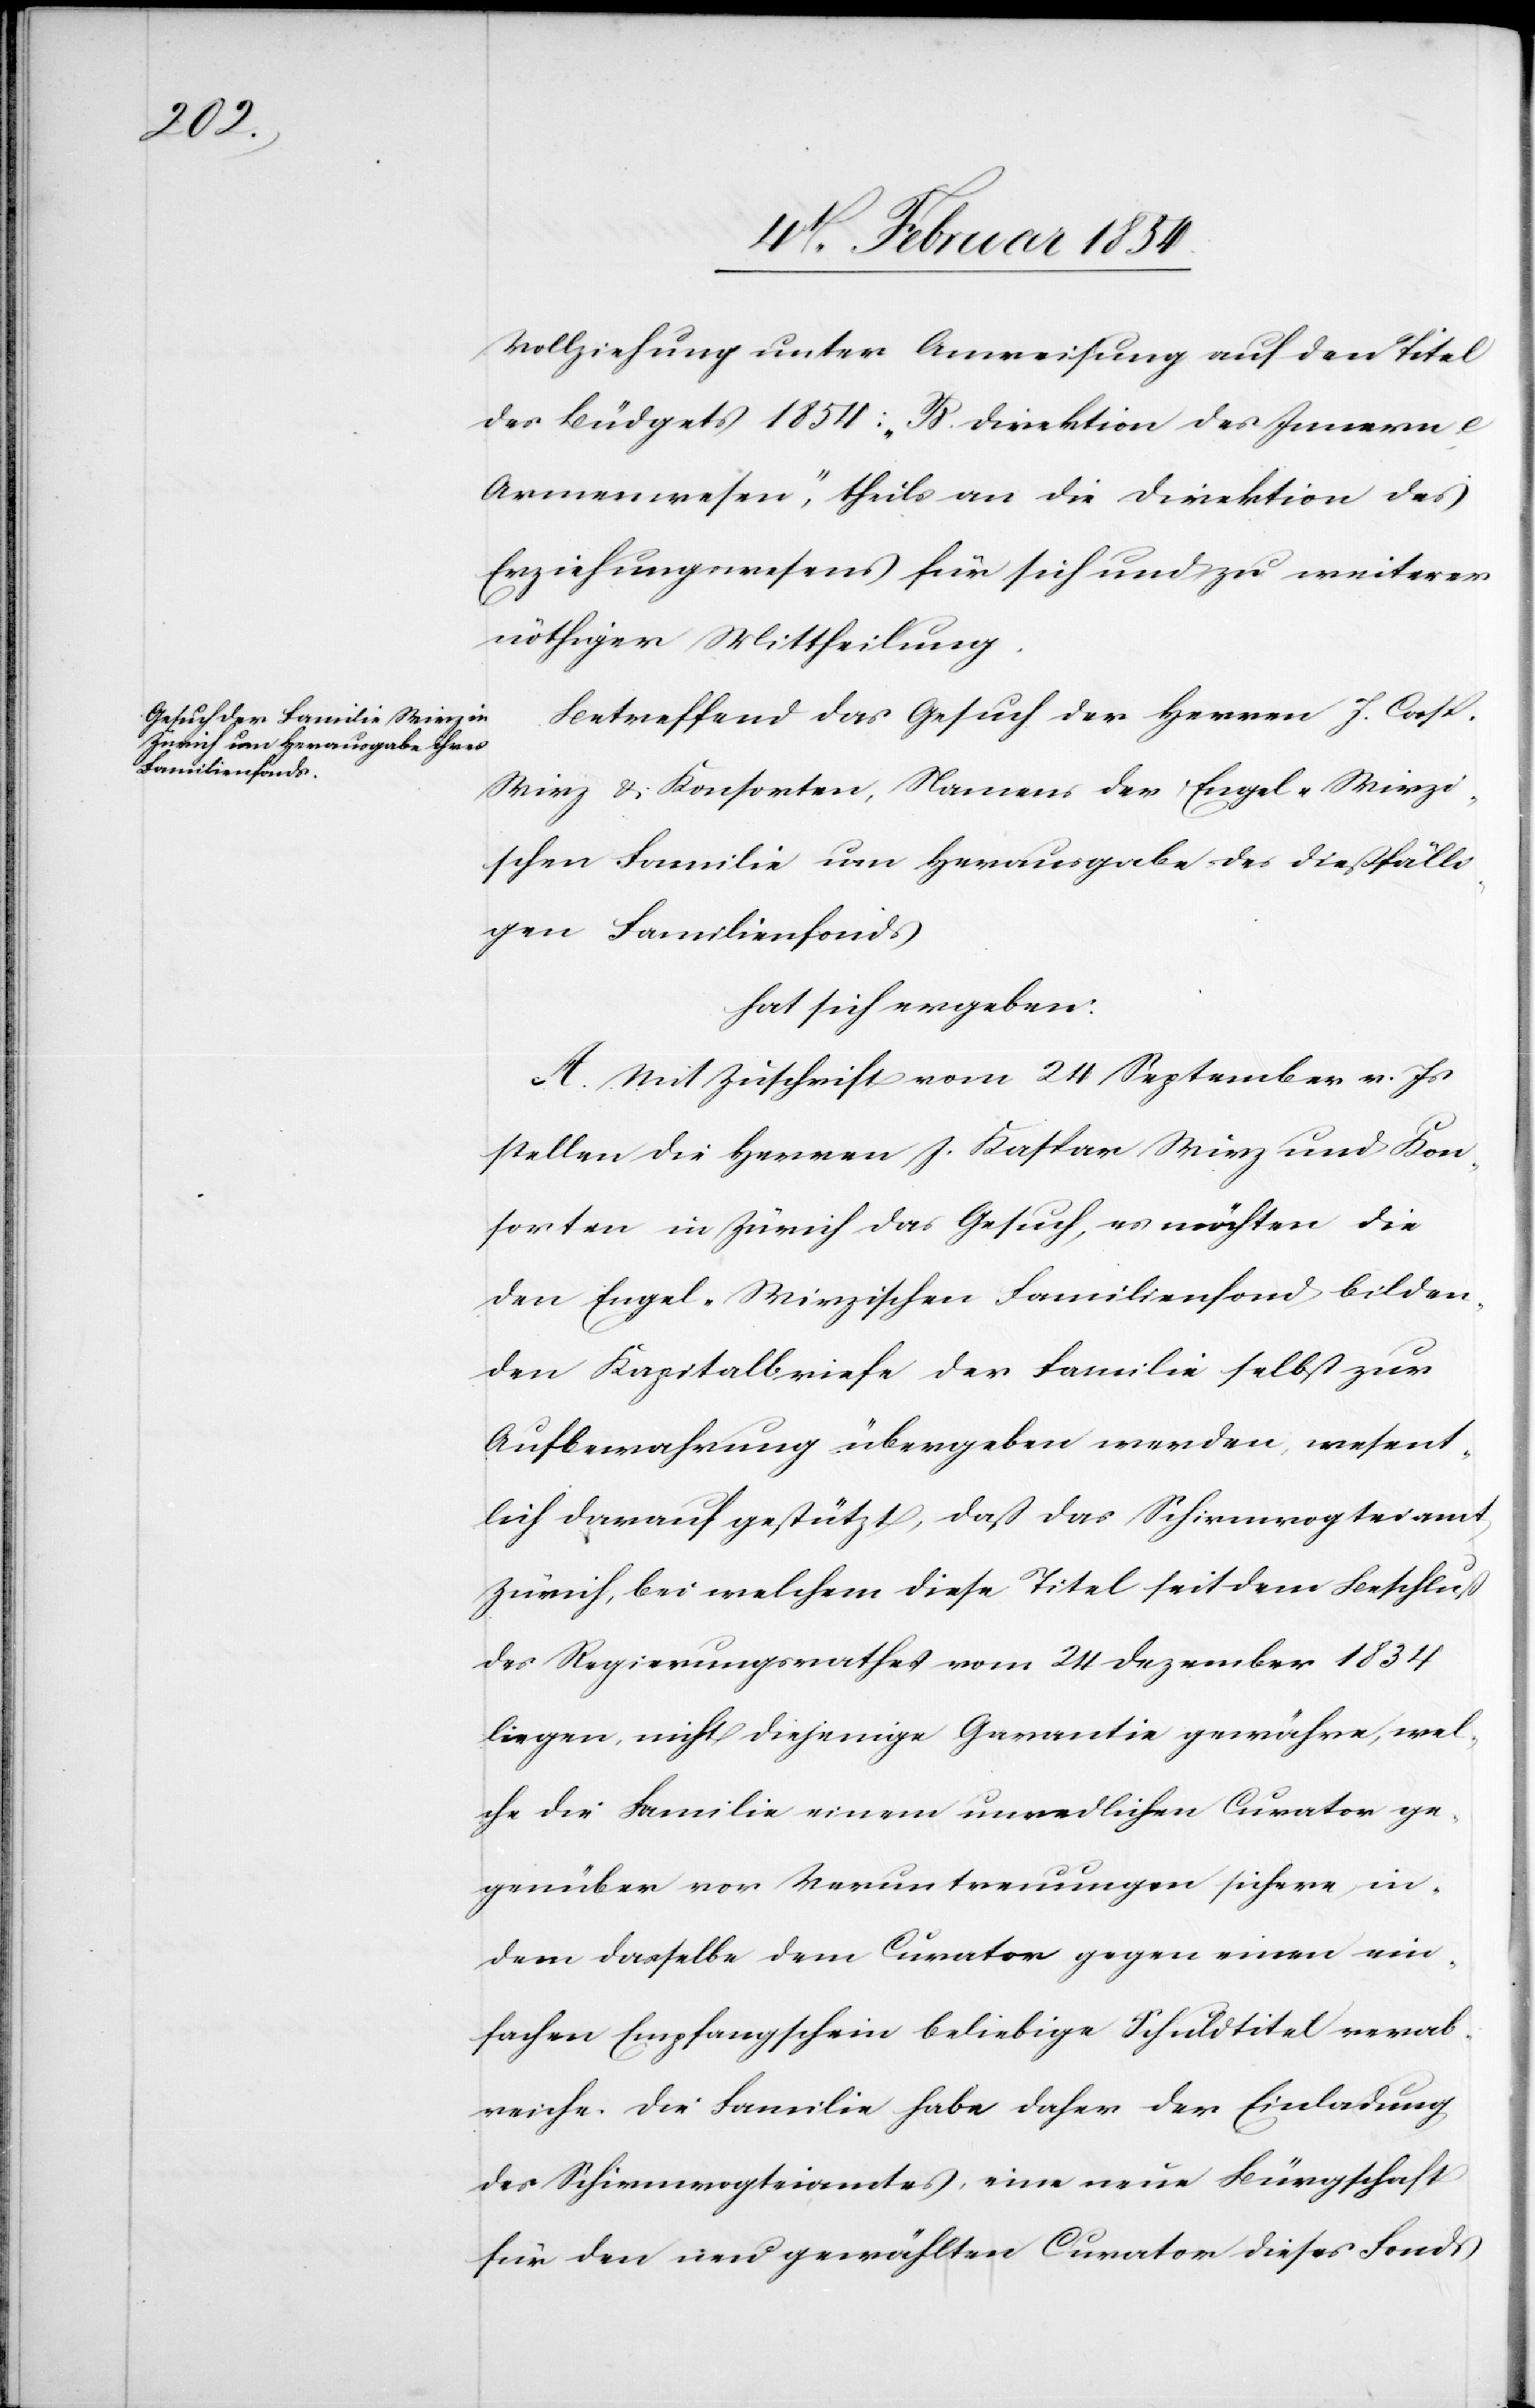
Vollziehung unter Anweisung auf den Titel
des Büdget 1854: „B. Direktion des Innern c
Armenwesen“, theils an die Direktion des
Erziehungswesens für sich und zu weiterer
nöthiger Mittheilung.
Betreffend das Gesuch der Herren J. Casp.
Wirz & Konsorten, Namens der Engel-Wirzi¬
schen Familie um Herausgabe des dießfälli¬
gen Familienfonds
hat sich ergeben:
A. Mit Zuschrift vom 24 September v. Js
stellen die Herren J. Kaspar [sic!] Wirz und Kon¬
sorten in Zürich das Gesuch, es möchten die
den Engel-Wirzischen Familienfond bilden¬
den Kapitalbriefe der Familie selbst zur
Aufbewahrung übergeben werden, wesent¬
lich darauf gestützt, daß das Schirmvogteiamt
Zürich, bei welchem diese Titel seit dem Beschluß
des Regierungsrathes vom 24 Dezember 1834
liegen, nicht diejenige Garantie gewähre, wel¬
che die Familie einem unredlichen Curaten ge¬
genüber vor Veruntreuungen sichere in¬
dem dasselbe dem Curator gegen einen ein¬
fachen Empfangschein beliebige Schuldtitel verab¬
reiche. Die Familie habe daher der Einladung
des Schirmvogteiamtes, eine neue Bürgschaft
für den gewählten Curator dieses Fonds